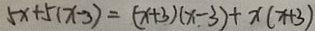
5 x + 5 ( x - 3 ) = ( x + 3 ) ( x - 3 ) + x ( x + 3 )